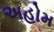
અહોમ